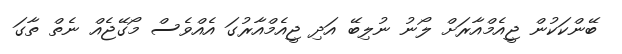
ބޭންކަކުން ޖީއެމްއާރަށް ލޯނު ނުލިބޭ އަދި ޖީއެމްއާރުގަ އެއްވެސް މޯގޭޖެއް ނެތް ތާގަ